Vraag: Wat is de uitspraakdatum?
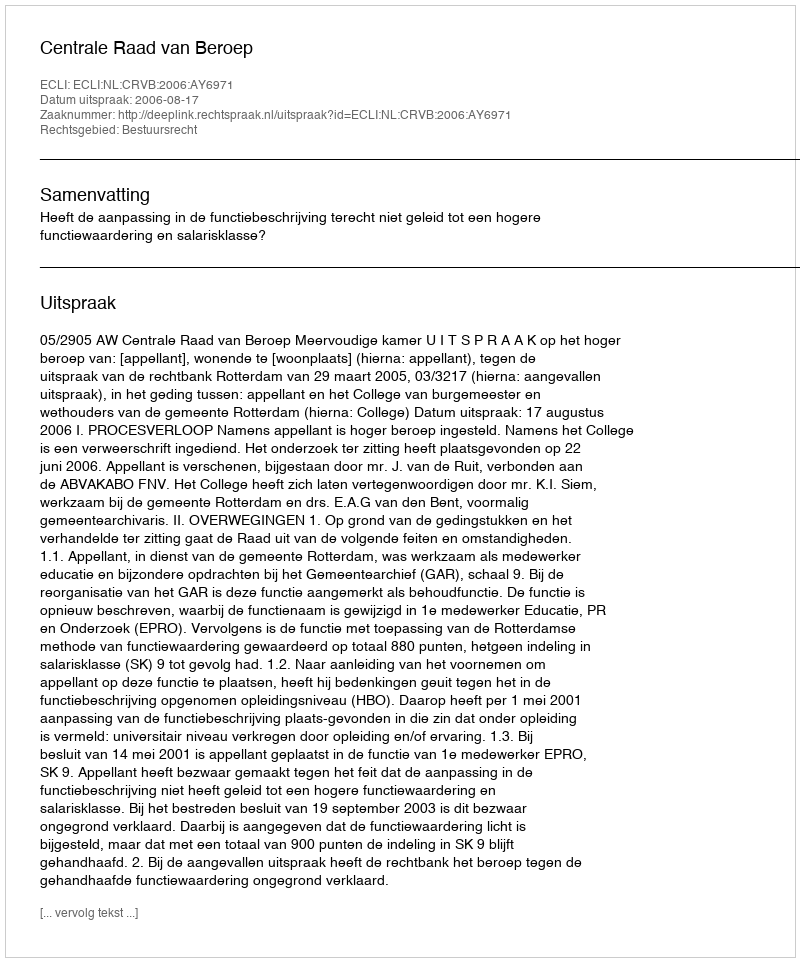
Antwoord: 2006-08-17